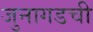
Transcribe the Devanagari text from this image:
जुनागडची